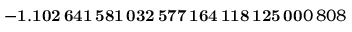
\mathbf { - 1 . 1 0 2 \, 6 4 1 \, 5 8 1 \, 0 3 2 \, 5 7 7 \, 1 6 4 \, 1 1 8 \, 1 2 5 \, 0 0 } 0 \, 8 0 8